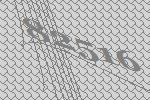
82516